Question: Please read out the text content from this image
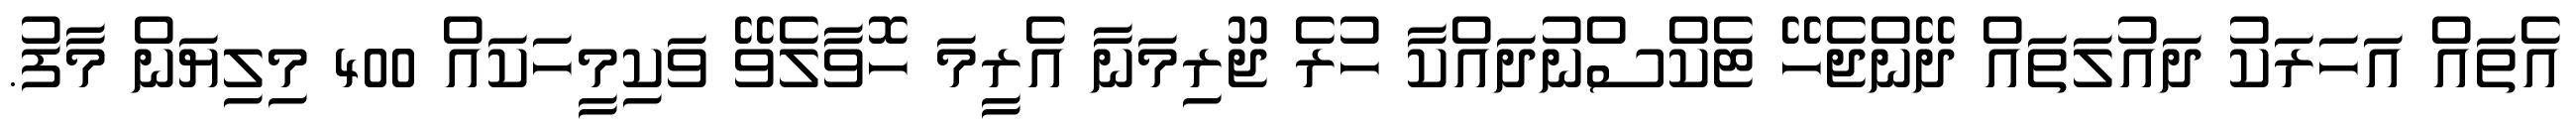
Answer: އެތައް އަހަރަކު ދައުލަތައް ދޭންޖެހޭ ޓެކްސްނުދައްކާ ހުރެ ޖޫރިމަނާ އެރީމަ ހޮވާލެވޭ ވަކިމީހަކައް 400 މިލިޔަން މާފު.